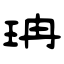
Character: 珃